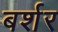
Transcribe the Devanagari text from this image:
बर्शर